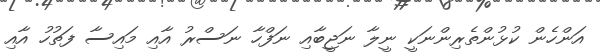
އަންހެން ކުޅުންތެރިންނަކީ ނީލާ ނަޖީބާއި ނަފްހާ ނަސްރު އާއި މައިސާ ފަތުހު އާއި